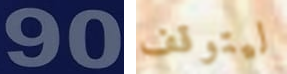
90 ليتوقف